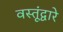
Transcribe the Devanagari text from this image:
वस्तूंद्वारे